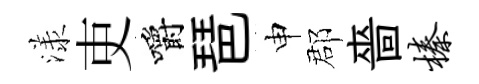
漾吏嚼琶申郡嗇榛